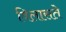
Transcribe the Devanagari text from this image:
विलासते